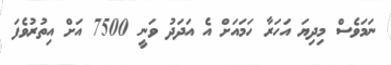
ނަމަވެސް މިދިޔަ އަހަރާ ހަމައަށް އެ އަދަދު ވަނީ 7500 އަށް އިތުރުވެފަ